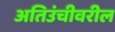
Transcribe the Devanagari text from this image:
अतिउंचीवरील